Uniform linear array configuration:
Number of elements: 32
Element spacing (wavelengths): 0.25
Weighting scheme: exponential
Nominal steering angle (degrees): -45
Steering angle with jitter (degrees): -45.55
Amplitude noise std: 0.05
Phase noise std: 0.05

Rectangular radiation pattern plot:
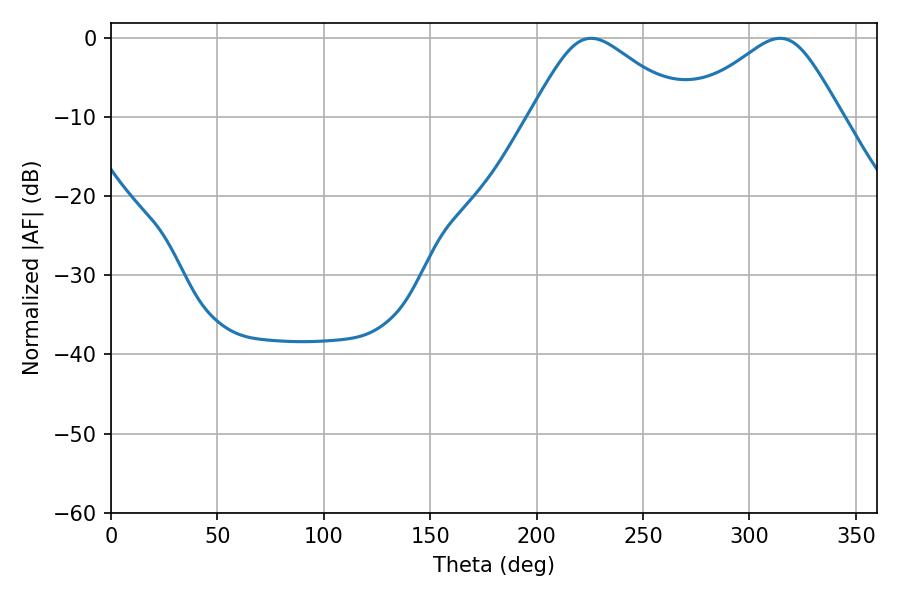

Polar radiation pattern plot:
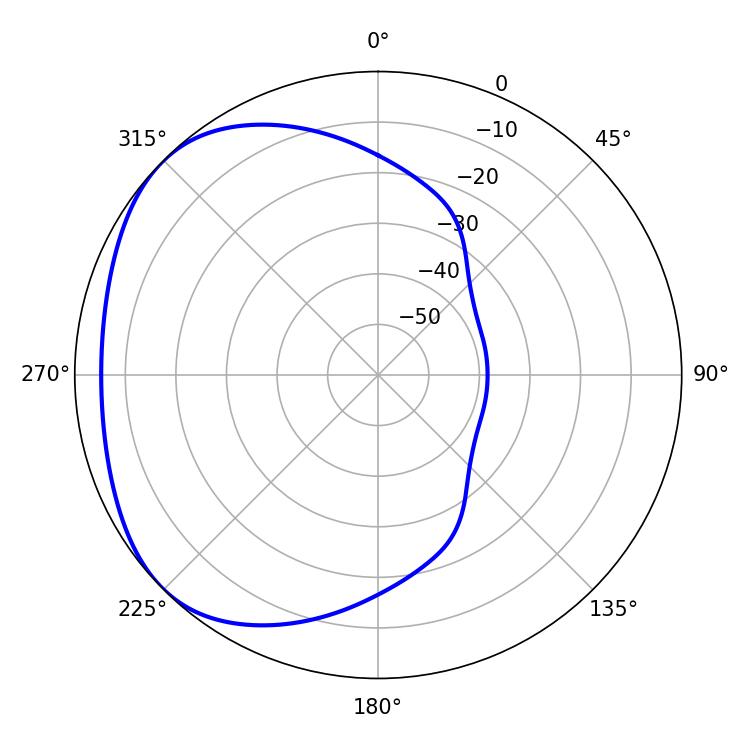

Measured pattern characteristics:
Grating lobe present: FALSE
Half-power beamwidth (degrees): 35.64
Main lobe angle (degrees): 225.54